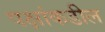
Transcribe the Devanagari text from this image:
पक्षांकडील